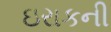
ઇરાકની